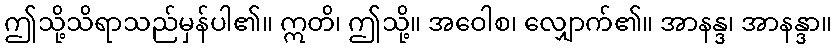
ဤသို့သိရာသည်မှန်ပါ၏။ ဣတိ၊ ဤသို့။ အဝေါစ၊ လျှောက်၏။ အာနန္ဒ၊ အာနန္ဒာ။